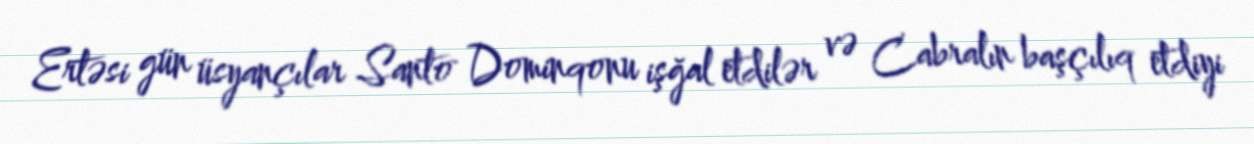
Ertəsi gün üsyançılar Santo Dominqonu işğal etdilər və Cabralın başçılıq etdiyi